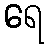
ရေ